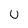
Character: U